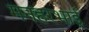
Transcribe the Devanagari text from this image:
मनहरभाई